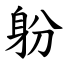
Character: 躮